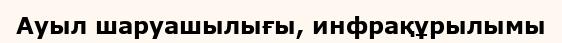
Ауыл шаруашылығы, инфрақұрылымы